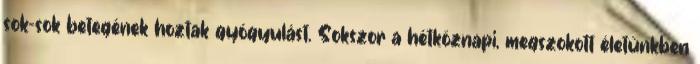
sok-sok betegének hoztak gyógyulást. Sokszor a hétköznapi, megszokott életünkben